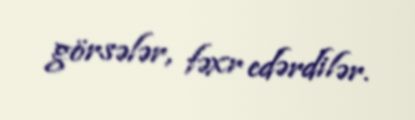
görsələr, fəxr edərdilər.